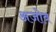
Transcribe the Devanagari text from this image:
अजोव